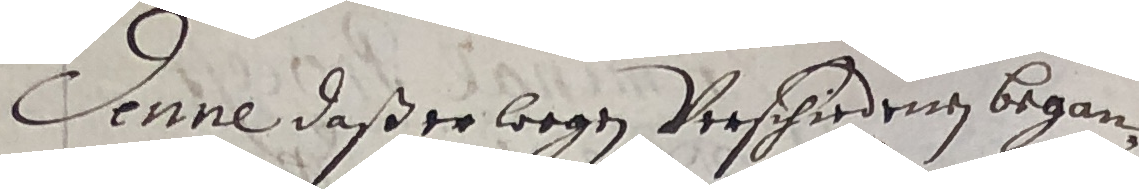
Dnne daß er wegen Verschirdenen began¬